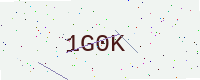
Text: 1G0K